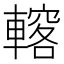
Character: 𨎣